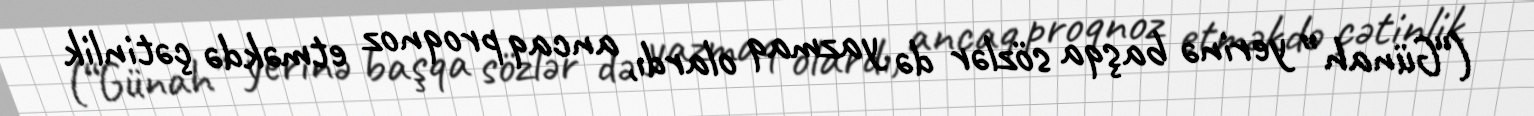
(“Günah” yerinə başqa sözlər də yazmaq olardı, ancaq proqnoz etməkdə çətinlik